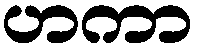
ဟကာ